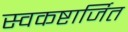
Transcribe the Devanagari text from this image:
स्वकष्टार्जित